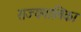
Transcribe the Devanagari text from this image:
राज्यपालिका